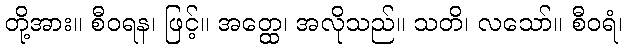
တို့အား။ စီဝရန၊ ဖြင့်။ အတ္ထေ၊ အလိုသည်။ သတိ၊ လသော်။ စီဝရံ၊